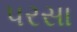
પરસા